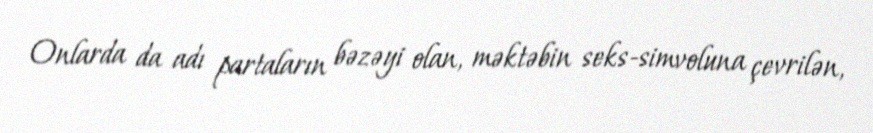
Onlarda da adı partaların bəzəyi olan, məktəbin seks-simvoluna çevrilən,